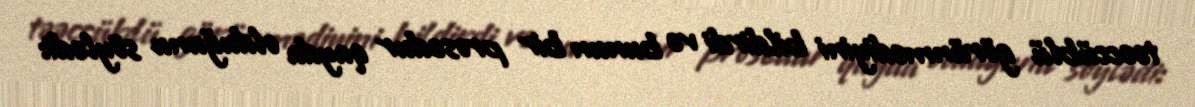
təəccüblü görünmədiyini bildirdi və bunun bir prosedur qayda olduğunu söylədi: